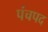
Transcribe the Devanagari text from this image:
पंचपद